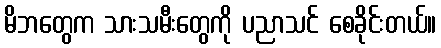
မိဘတွေက သားသမီးတွေကို ပညာသင် စေခိုင်းတယ်။